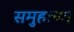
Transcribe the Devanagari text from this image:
समुहाच्या